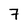
Character: 7